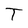
Character: T